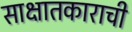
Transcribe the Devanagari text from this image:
साक्षातकाराची